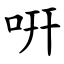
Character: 咞